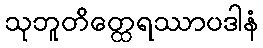
သုဘူတိတ္ထေရဿာပဒါနံ